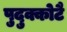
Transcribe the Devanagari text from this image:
पुदुक्कोटै